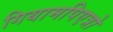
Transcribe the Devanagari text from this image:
गियामपिएत्रो